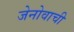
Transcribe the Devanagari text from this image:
जेनोवाची